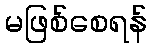
မဖြစ်စေရန်